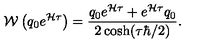
{ \cal W } \left( q _ { 0 } e ^ { { \cal H } \tau } \right) = { \frac { q _ { 0 } e ^ { { \cal H } \tau } + e ^ { { \cal H } \tau } q _ { 0 } } { 2 \cosh ( \tau \hbar / 2 ) } } .